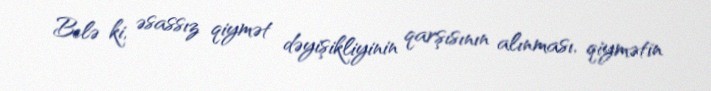
Belə ki, əsassız qiymət dəyişikliyinin qarşısının alınması, qiymətin